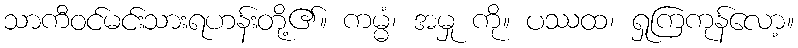
သာကီဝင်မင်းသားရဟန်းတို့၏။ ကမ္မံ၊ အမှု ကို။ ပဿထ၊ ရှုကြကုန်လော့။